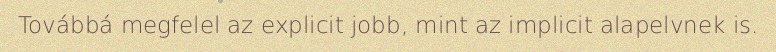
Továbbá megfelel az explicit jobb, mint az implicit alapelvnek is.